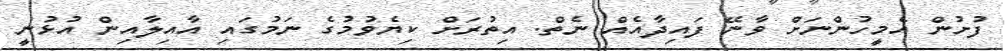
ފުށުން އެމީހުންނަށް ވާނޭ ފައިދާއެއް ނެތް. އިތުރަށް ކިޔެވުމުގެ ނަމުގައި އާއިލާއިން އުޅުނީ